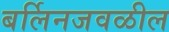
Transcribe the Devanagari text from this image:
बर्लिनजवळील